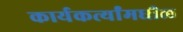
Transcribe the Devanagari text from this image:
कार्यकर्त्यांमधील